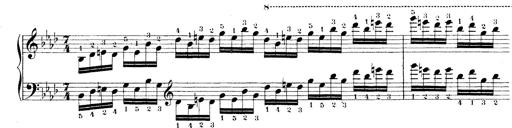
Title: Technische Studien
Composer: Franz Liszt